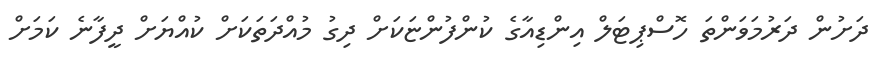
ދަށުން ދަރުމަވަންތަ ހޮސްޕިޓަލް އިންޑިއާގެ ކުންފުންޏަކަށް ދިގު މުއްދަތަކަށް ކުއްޔަށް ދީފާނެ ކަމަށް